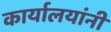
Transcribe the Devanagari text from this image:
कार्यालयांनी